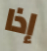
إذا